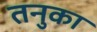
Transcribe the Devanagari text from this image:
तनुका